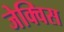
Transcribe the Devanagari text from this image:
जेक्विस